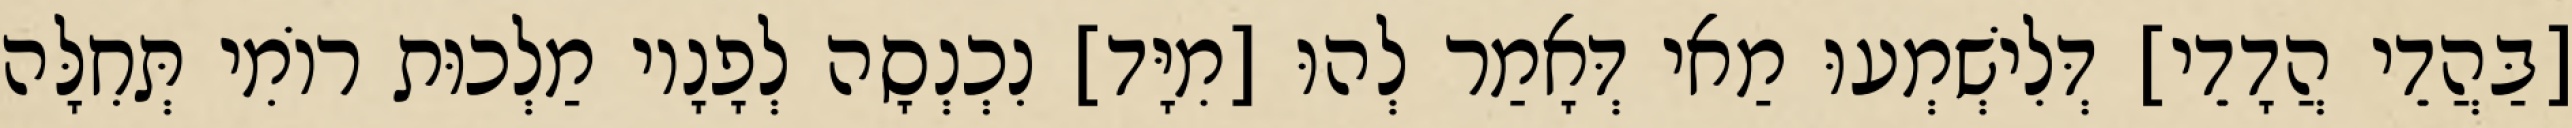
[בַּהֲדֵי הֲדָדֵי] דְּלִישְׁמְעוּ מַאי דְּאָמַר לְהוּ [מִיָּד] נִכְנְסָה לְפָנָיו מַלְכוּת רוֹמִי תְּחִלָּה